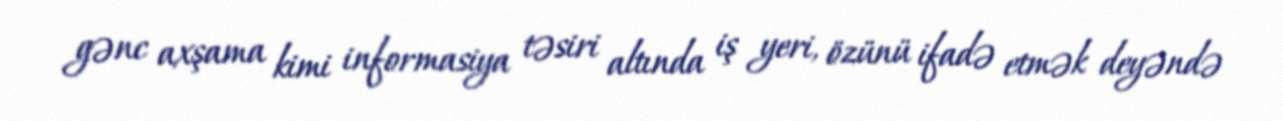
gənc axşama kimi informasiya təsiri altında iş yeri, özünü ifadə etmək deyəndə